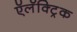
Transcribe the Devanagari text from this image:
ऍलॅक्ट्रिक